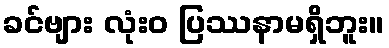
ခင်ဗျား လုံးဝ ပြဿနာမရှိဘူး။